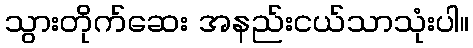
သွားတိုက်ဆေး အနည်းငယ်သာသုံးပါ။